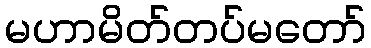
မဟာမိတ်တပ်မတော်